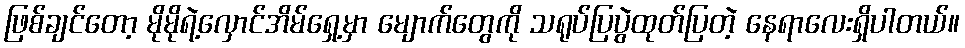
ဖြစ်ချင်တော့ မိုမိုရဲ့လှောင်အိမ်ရှေ့မှာ မျောက်တွေကို သရုပ်ပြပွဲထုတ်ပြတဲ့ နေရာလေးရှိပါတယ်။